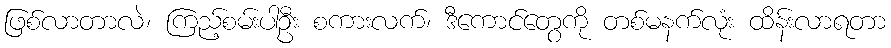
ဖြစ်လာတာလဲ၊ ကြည့်စမ်းပါဦး စကားလက်၊ ဒီကောင်တွေကို တစ်မနက်လုံး ထိန်းလာရတာ